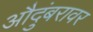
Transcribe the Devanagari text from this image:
औदुंबरावर